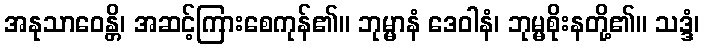
အနုသာဝေန္တိ၊ အဆင့်ကြားစေကုန်၏။ ဘုမ္မာနံ ဒေဝါနံ၊ ဘုမ္မစိုးနတို့၏။ သဒ္ဒံ၊